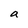
Character: a